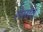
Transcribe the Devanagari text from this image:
लेमोंत